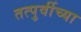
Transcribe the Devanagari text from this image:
तत्पुर्वीच्या